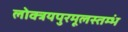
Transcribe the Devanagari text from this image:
लोक्त्रयपुरमूलस्तम्भं